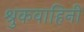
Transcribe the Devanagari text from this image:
श्रुकवाहिनी